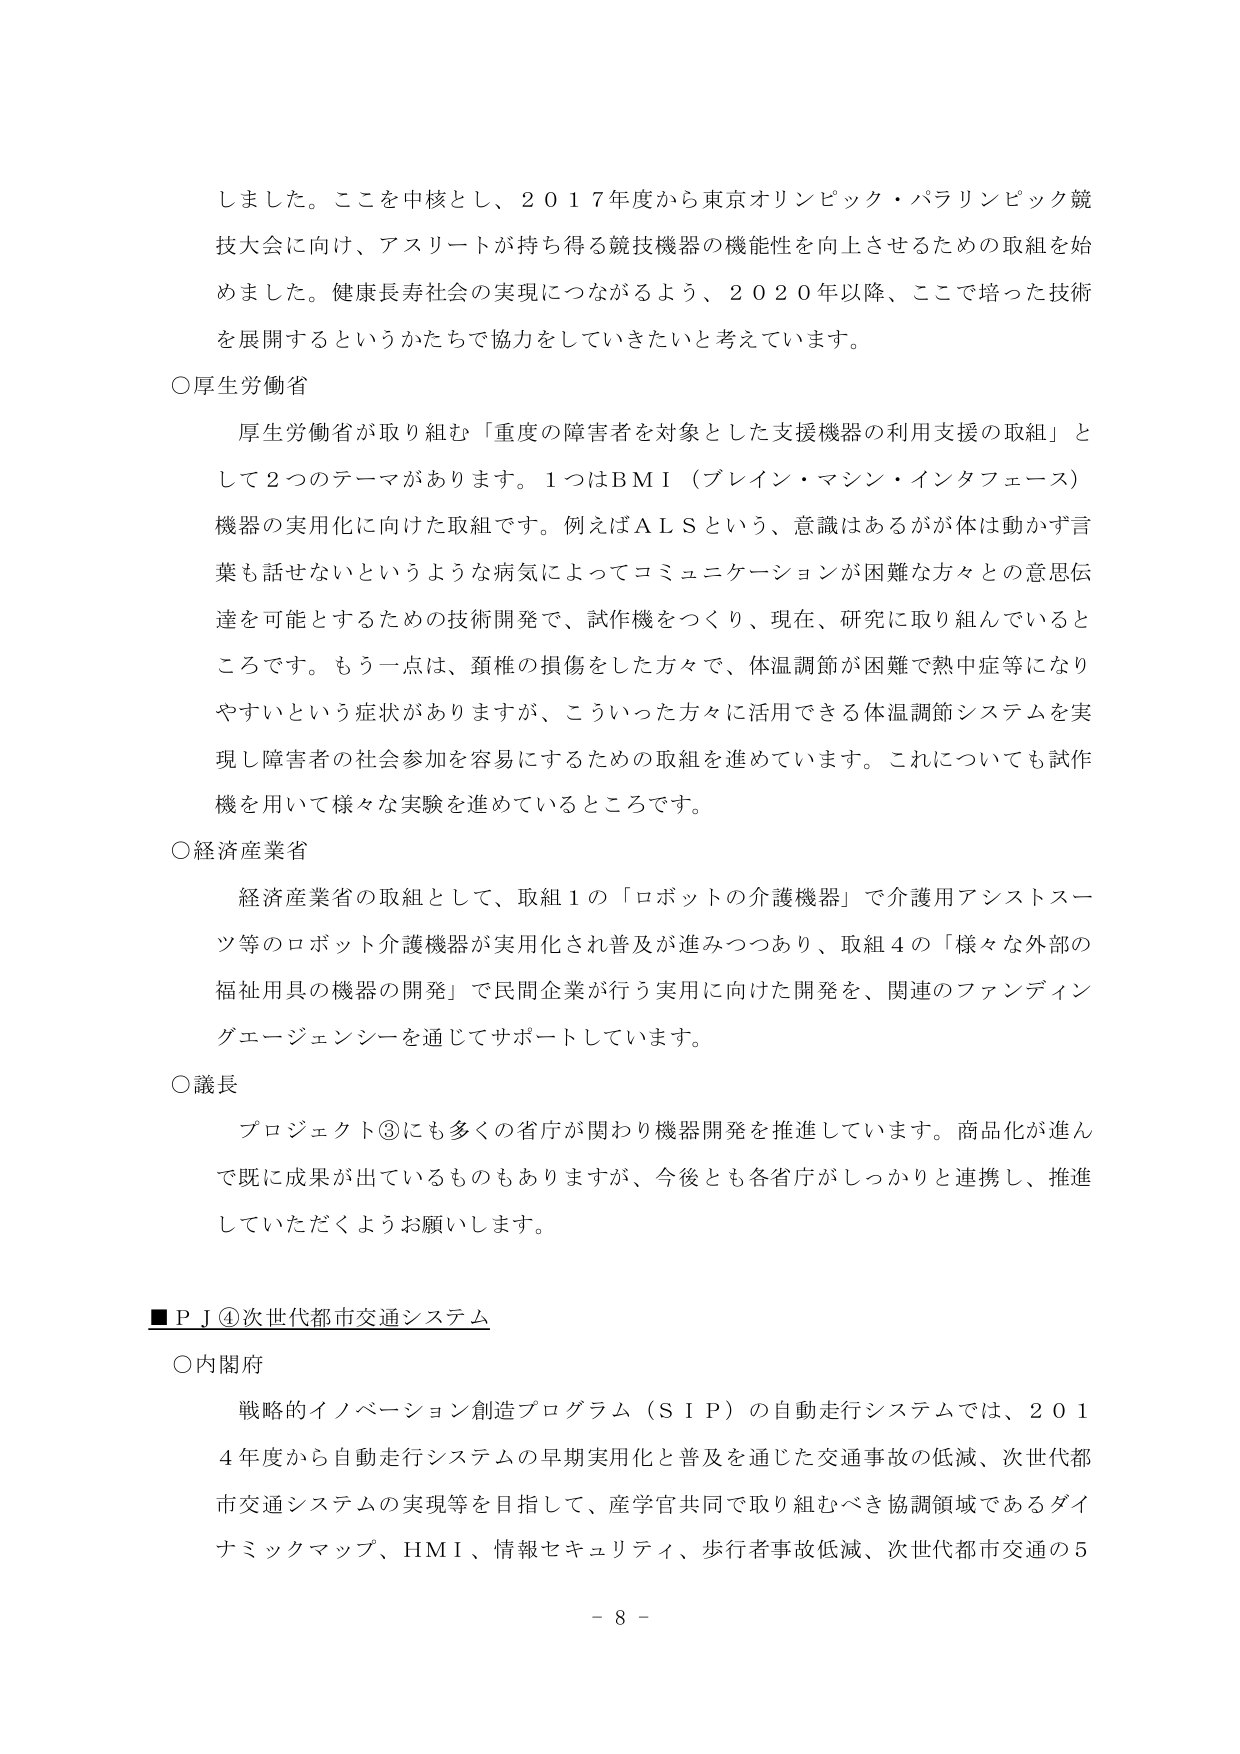
しました。ここを中核とし、２０１７年度から東京オリンピック・パラリンピック競技大会に向け、アスリートが持ち得る競技機器の機能性を向上させるための取組を始めました。健康長寿社会の実現につながるよう、２０２０年以降、ここで培った技術を展開するというかたちで協力をしていきたいと考えています。

○厚生労働省
厚生労働省が取り組む「重度の障害者を対象とした支援機器の利用支援の取組」として２つのテーマがあります。１つはＢＭＩ（ブレイン・マシン・インタフェース）機器の実用化に向けた取組です。例えばＡＬＳという、意識はあるが体は動かず言葉も話せないというような病気によってコミュニケーションが困難な方々との意思伝達を可能とするための技術開発で、試作機をつくり、現在、研究に取り組んでいるところです。もう一点は、頚椎の損傷をした方々で、体温調節が困難で熱中症等になりやすいという症状がありますが、こういった方々に活用できる体温調節システムを実現し障害者の社会参加を容易にするための取組を進めています。これについても試作機を用いて様々な実験を進めているところです。

○経済産業省
経済産業省の取組として、取組１の「ロボットの介護機器」で介護用アシストスーツ等のロボット介護機器が実用化され普及が進みつつあり、取組４の「様々な外部の福祉用具の機器の開発」で民間企業が行う実用に向けた開発を、関連のファンディングエージェンシーを通じてサポートしています。

○議長
プロジェクト③にも多くの省庁が関わり機器開発を推進しています。商品化が進んで既に成果が出ているものもありますが、今後とも各省庁がしっかりと連携し、推進していただくようお願いします。

■ＰＪ④次世代都市交通システム
○内閣府
戦略的イノベーション創造プログラム（ＳＩＰ）の自動走行システムでは、２０１４年度から自動走行システムの早期実用化と普及を通じた交通事故の低減、次世代都市交通システムの実現等を目指して、産学官共同で取り組むべき協調領域であるダイナミックマップ、ＨＭＩ、情報セキュリティ、歩行者事故低減、次世代都市交通の５

－８－